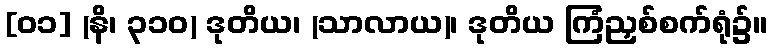
[၀၁] (နိ၊ ၃၁၀) ဒုတိယ၊ (သာလာယ)၊ ဒုတိယ ကြံညှစ်စက်ရုံ၌။